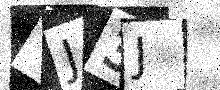
Text: TJ3J